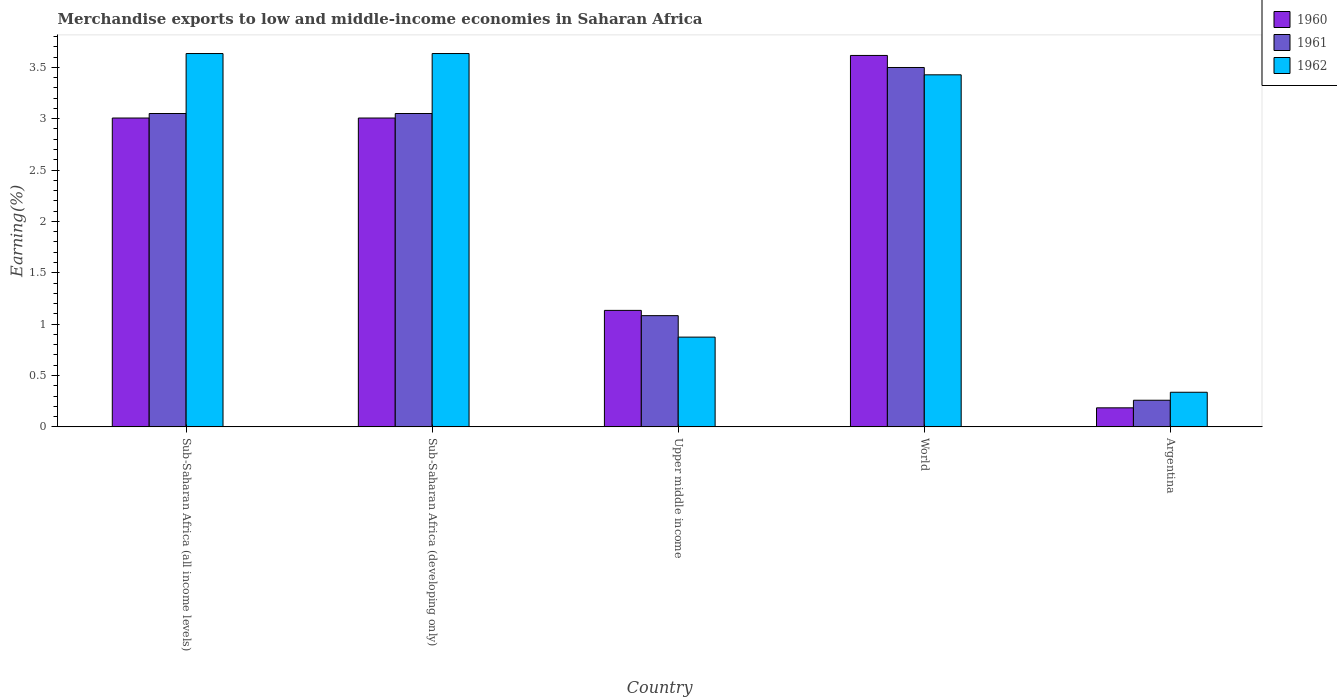
| Country | 1960 | 1961 | 1962 |
 | --- | --- | --- | --- |
 | Sub-Saharan Africa (all income levels) | 3.01 | 3.05 | 3.63 |
 | Sub-Saharan Africa (developing only) | 3.01 | 3.05 | 3.63 |
 | Upper middle income | 1.13 | 1.08 | 0.874 |
 | World | 3.62 | 3.5 | 3.43 |
 | Argentina | 0.185 | 0.259 | 0.337 |